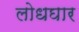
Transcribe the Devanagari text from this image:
लोधघार